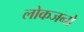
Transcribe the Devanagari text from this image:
लोकजनों